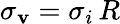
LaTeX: \sigma_{\mathbf{v}}=\sigma_{i}\, R